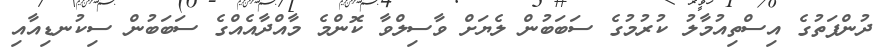
ދުންފަތުގެ އިސްތިއުމާލު ކުރުމުގެ ސަބަބުން ލެޔަށް ވާސިލްވާ ކޮންމެ މާއްދާއެއްގެ ސަބަބުން ސިކުނޑިއާއި